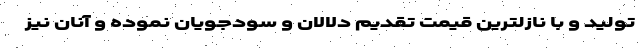
تولید و با نازلترین قیمت تقدیم دلالان و سودجویان نموده و آنان نیز